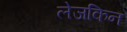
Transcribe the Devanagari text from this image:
लेजकिन